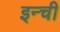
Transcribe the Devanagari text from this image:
इन्ची